Report on the working of the Ranchi Indian Mental Hospital, Kanke, in Bihar and Orissa - 1930-1940
Year: 1930
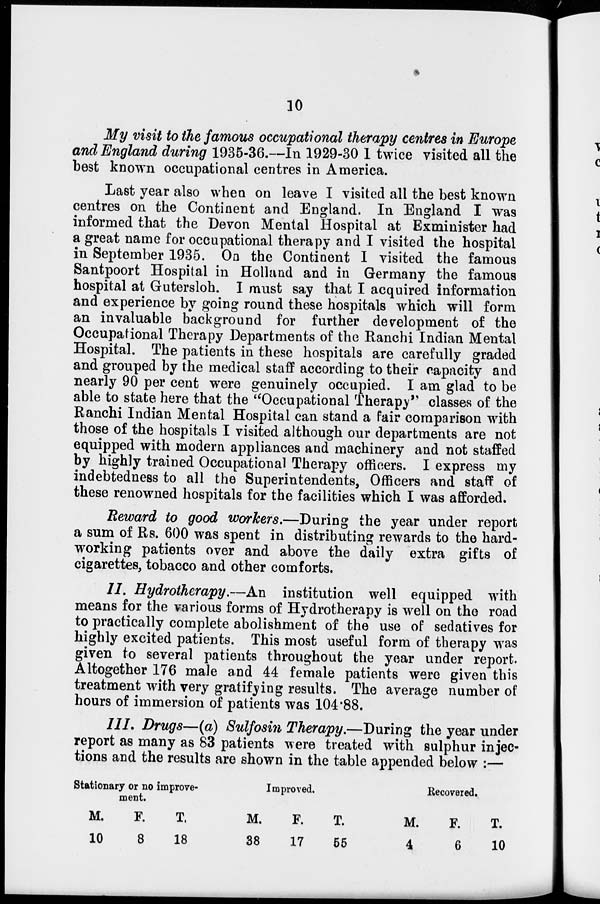
10
My visit to the famous occupational therapy centres in Europe
and England during 1935-36.—In 1929-30 1 twice visited all the
best known occupational centres in America.
Last year also when on leave I visited all the best known
centres on the Continent and England. In England I was
informed that the Devon Mental Hospital at Exminister had
a great name for occupational therapy and I visited the hospital
in September 1935. On the Continent I visited the famous
Santpoort Hospital in Holland and in Germany the famous
hospital at Gutersloh. I must say that I acquired information
and experience by going round these hospitals which will form
an invaluable background for further development of the
Occupational Therapy Departments of the Ranchi Indian Mental
Hospital. The patients in these hospitals are carefully graded
and grouped by the medical staff according to their capacity and
nearly 90 per cent were genuinely occupied. I am glad to be
able to state here that the "Occupational Therapy" classes of the
Ranchi Indian Mental Hospital can stand a fair comparison with
those of the hospitals I visited although our departments are not
equipped with modern appliances and machinery and not staffed
by highly trained Occupational Therapy officers. I express my
indebtedness to all the Superintendents, Officers and staff of
these renowned hospitals for the facilities which I was afforded.
Reward to good workers.—During the year under report
a sum of Rs. 600 was spent in distributing rewards to the hard-
working patients over and above the daily extra gifts of
cigarettes, tobacco and other comforts.
II. Hydrotherapy.—An institution well equipped with
means for the various forms of Hydrotherapy is well on the road
to practically complete abolishment of the use of sedatives for
highly excited patients. This most useful form of therapy was
given to several patients throughout the year under report.
Altogether 176 male and 44 female patients were given this
treatment with very gratifying results. The average number of
hours of immersion of patients was 104.88.
III. Drugs—(a) Sulfosin Therapy.—During the year under
report as many as 83 patients were treated with sulphur injec-
tions and the results are shown in the table appended below :—
Stationary or no improve-
ment.
M.
10
F.
8
T.
18
Improved.
M.
38
F.
17
T.
55
Recovered.
M.
4
F.
6
T.
10